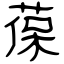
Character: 葆